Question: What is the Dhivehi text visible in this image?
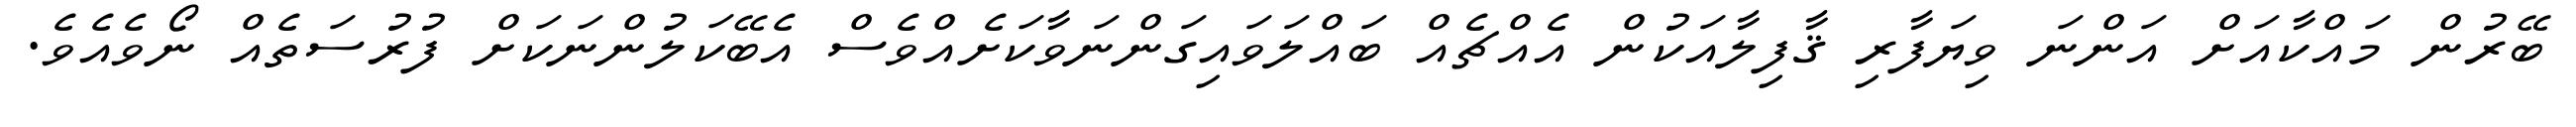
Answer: ބޭރުން މައްކާއަށް އަންނަ ވިޔަފާރި ޤާފިލާއަކުން އެއްޗެއް ބައްލަވައިގަންނަވާކަށެއްވެސް އެބޭކަލުންނަކަށް ފުރުސަތެއް ނޯވެއެވެ.